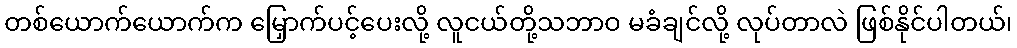
တစ်ယောက်ယောက်က မြှောက်ပင့်ပေးလို့ လူငယ်တို့သဘာဝ မခံချင်လို့ လုပ်တာလဲ ဖြစ်နိုင်ပါတယ်၊